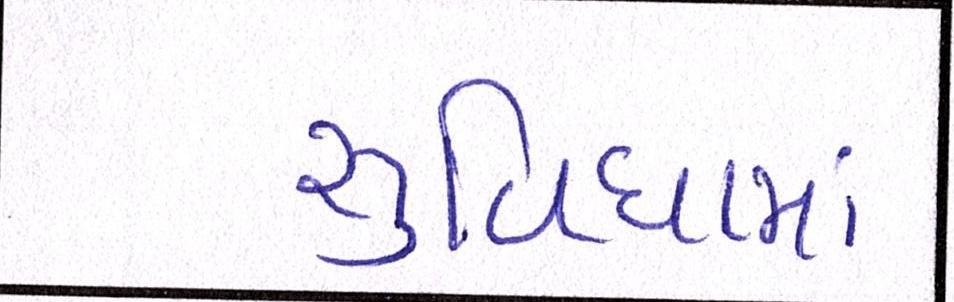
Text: સુવિધામાં